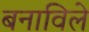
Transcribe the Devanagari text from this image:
बनाविले